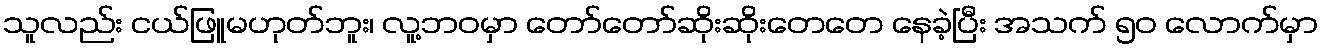
သူလည်း ငယ်ဖြူမဟုတ်ဘူး၊ လူ့ဘဝမှာ တော်တော်ဆိုးဆိုးတေတေ နေခဲ့ပြီး အသက် ၅၀ လောက်မှာ